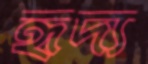
হৃদ্য